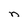
Character: n